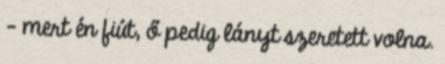
– mert én fiút, ő pedig lányt szeretett volna.